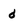
Character: d